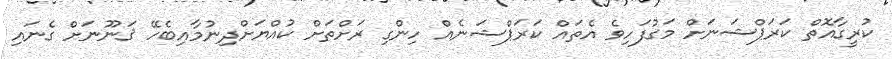
ކުރީގާއޮތް ކަރަޕްޝަނަށް މަގުފަހިވެ އެތައް ކަރަޕްޝަނެއް ހިންގި ރަށްތަށް ކުއްޔަށްދިނުމާއިބެހޭ ޤަނޫނަށް ގެނައި